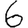
Digit: 6